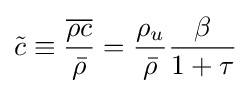
{\tilde {c}}\equiv {\frac {\overline {\rho c}}{\bar {\rho }}}={\frac {\rho _{u}}{\bar {\rho }}}{\frac {\beta }{1+\tau }}